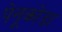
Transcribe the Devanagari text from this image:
पेनूकोंडा